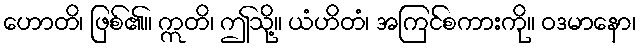
ဟောတိ၊ ဖြစ်၏။ ဣတိ၊ ဤသို့။ ယံဟိတံ၊ အကြင်စကားကို။ ဝဒမာနော၊